King Institute of Preventive Medicine Bacteriolog. Section reports 1907-08
Year: 1907
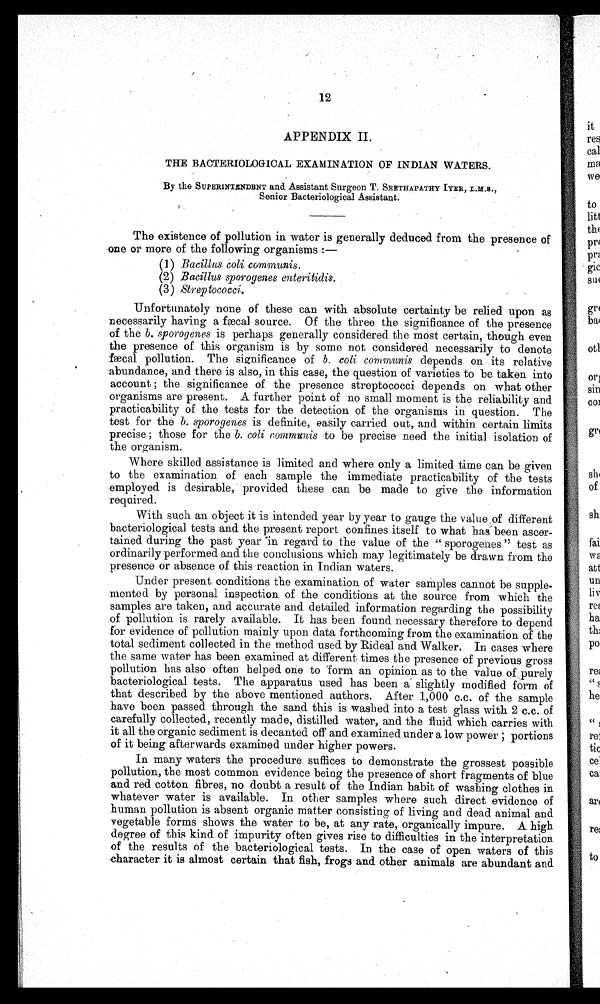
12
APPENDIX II.
THE BACTERIOLOGICAL EXAMINATION OF INDIAN WATERS.
By the SUPERINTENDENT and Assistant Surgeon T . SEETHAPATHY IYER, L.M.S.,
Senior Bacteriological Assistant.
The existence of pollution in water is generally deduced from the presence of
one or more of the following organisms :-
(1) Bacillus coli communis.
(2) Bacillus sporogenes enteritidis.
(3)
Streptococci.
Unfortunately none of these can with absolute certainty be relied upon as
necessarily having a faecal source. Of the three the significance of the presence
of the b. sporogenes is perhaps generally considered the most certain, though even
the presence of this organism is by some not considered necessarily to denote
fæcal pollution. The significance of b. coil communis depends on its relative
abundance, and there is also, in this case, the question of varieties to be taken into
account ; the significance of the presence streptococci depends on what other
organisms are present. A further point of no small moment is the reliability and
practicability of the tests for the detection of the organisms in question. The
test for the b. sporogenes is definite, easily carried out, and within certain limits
precise ; those for the b. coil communis to be precise need the initial isolation of
the organism.
w
h e r e s k i l l e d a s s i s t a n c e i s l i m i t e d a n d w h e r e o n l y a l i m i t e d t i m e c a n b e g i v e n t o t h e e x a m i n a t i o n o f e a c h s a m p l e t h e i m m e d i a t e p r a c t i c a b i l i t y o f t h e t e s t s
employed is desirable, provided these can be made to give the information
required.
With such an object it is intended year by year to gauge the value of different
bacteriological tests and the present report confines itself to what has been ascer-
tained during the past year in regard to the value of the " sporogenes" test as
ordinarily performed and the conclusions which may legitimately be drawn from the
presence or absence of this reaction in Indian waters.
Under present conditions the examination of water samples cannot be supple-
mented by personal inspection of the conditions at the source from which the
samples are taken, and accurate and detailed information regarding the possibility
of pollution is rarely available. It has been found necessary therefore to depend
for evidence of pollution mainly upon data forthcoming from the examination of the
total sediment collected in the method used by Rideal and Walker. In cases where
the same water has been examined at different times the presence of previous gross
pollution has also often helped one to form an opinion as to the value of purely
bacteriological tests. The apparatus used has been a slightly modified form of
that described by the above mentioned authors. After 1,000 c.c. of the sample
have been passed through the sand this is washed into a test glass with 2 c.c. of
carefully collected, recently made, distilled water, and the fluid which carries with
it all the organic sediment is decanted off and examined under a low power ; portions
of it being afterwards examined under higher powers.
In many waters the procedure suffices to demonstrate the grossest possible
pollution, the most common evidence being the presence of short fragments of blue
and red cotton fibres, no doubt a result of the Indian habit of washing clothes in
whatever water is available. In other samples where such direct evidence of
human pollution is absent organic matter consisting of living and dead animal and
vegetable forms shows the water to be, at any rate, organically impure. A high
degree of this kind of impurity often gives rise to difficulties in the interpretation
of the results of the bacteriological tests. In the case of open waters of this
character it is almost certain that fish, frogs and other animals are abundant and